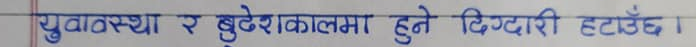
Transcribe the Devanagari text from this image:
युवावस्था र बुढेसकालमा हुने हिंडडुल हटाउँछ।